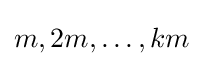
m,2m,\ldots ,km